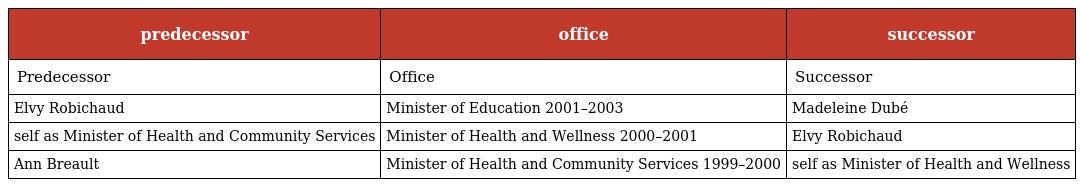
| predecessor | office | successor |
 | --- | --- | --- |
 | Predecessor | Office | Successor |
 | Elvy Robichaud | Minister of Education 2001–2003 | Madeleine Dubé |
 | self as Minister of Health and Community Services | Minister of Health and Wellness 2000–2001 | Elvy Robichaud |
 | Ann Breault | Minister of Health and Community Services 1999–2000 | self as Minister of Health and Wellness |